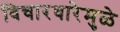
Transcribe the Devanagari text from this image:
विचारधारेमुळे